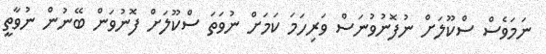
ނަމަވެސް ސްކޫލަށް ނުފޮނުވުނަސް ވަރިހަމަ ކަމަށް ނުވަތަ ސްކޫލަށް ފޮނުވަން ބޭނުން ނުވާތީ